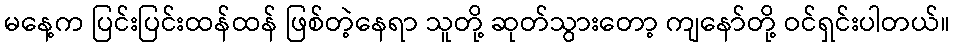
မနေ့က ပြင်းပြင်းထန်ထန် ဖြစ်တဲ့နေရာ သူတို့ ဆုတ်သွားတော့ ကျနော်တို့ ဝင်ရှင်းပါတယ်။